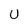
Character: U